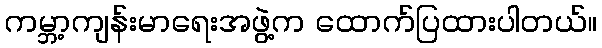
ကမ္ဘာ့ကျန်းမာရေးအဖွဲ့က ထောက်ပြထားပါတယ်။